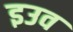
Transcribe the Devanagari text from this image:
इउव